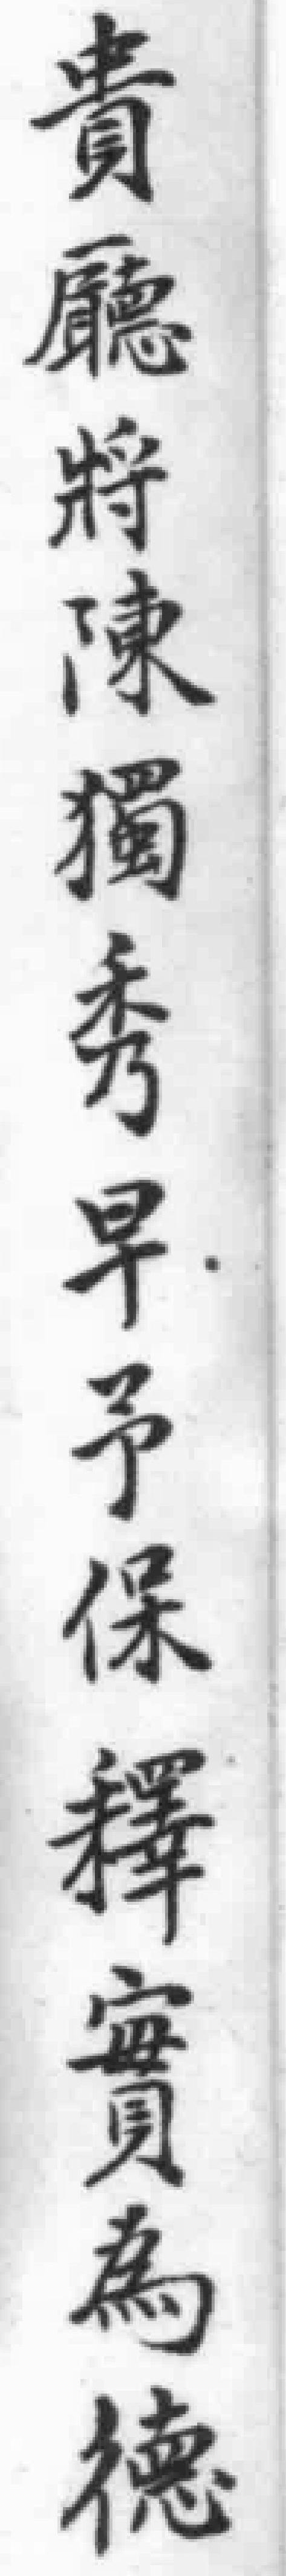
貴廳將陳獨秀早予保釋實為德